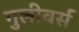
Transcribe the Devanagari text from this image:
गुलीवर्स